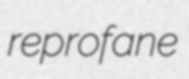
reprofane